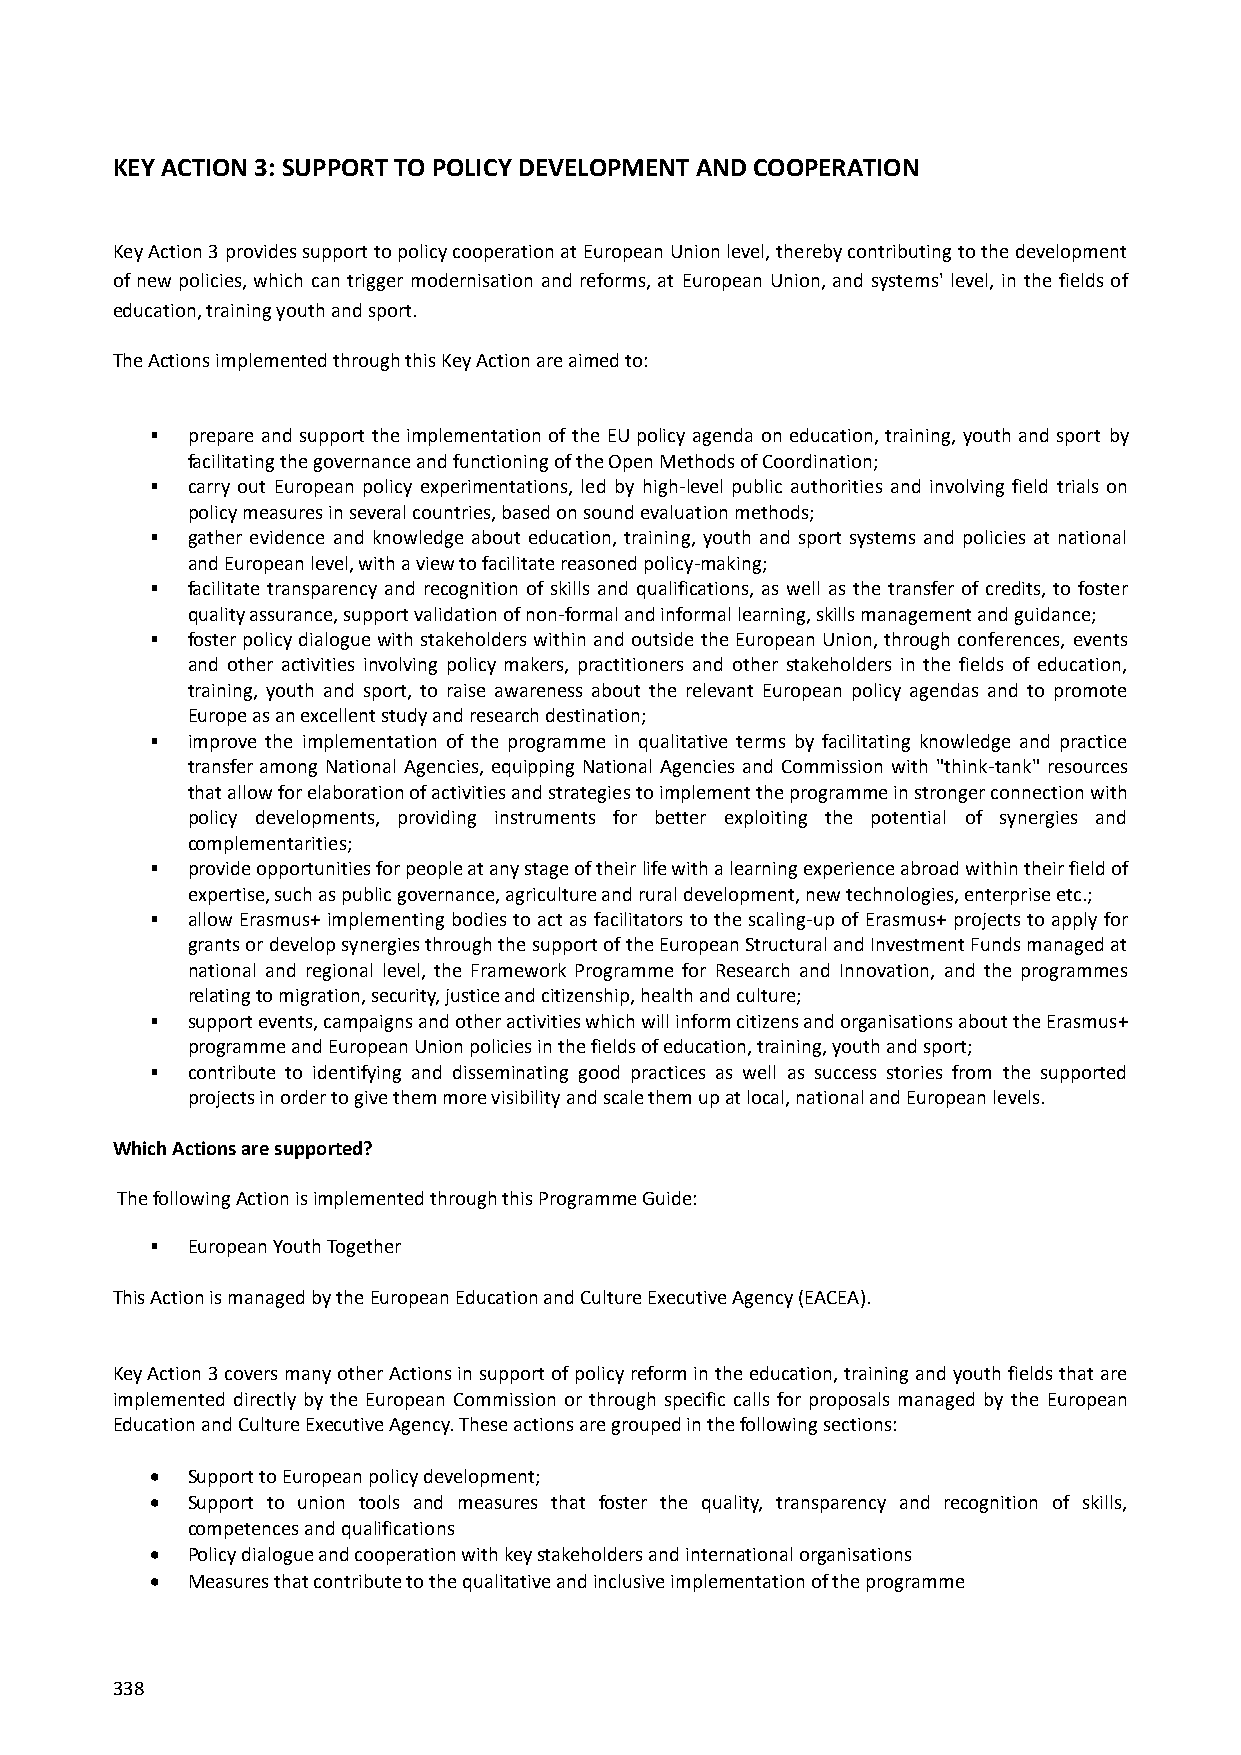
KEY ACTION 3: SUPPORT TO POLICY DEVELOPMENT AND COOPERATION
 Key Action 3 provides support to policy cooperation at European Union level, thereby contributing to the development
 of new policies, which can trigger modernisation and reforms, at European Union, and systems' level, in the fields of
 education, training youth and sport.
 The Actions implemented through this Key Action are aimed to:
  prepare and support the implementation of the EU policy agenda on education, training, youth and sport by
 facilitating the governance and functioning of the Open Methods of Coordination;
  carry out European policy experimentations, led by high-level public authorities and involving field trials on
 policy measures in several countries, based on sound evaluation methods;
  gather evidence and knowledge about education, training, youth and sport systems and policies at national
 and European level, with a view to facilitate reasoned policy-making;
  facilitate transparency and recognition of skills and qualifications, as well as the transfer of credits, to foster
 quality assurance, support validation of non-formal and informal learning, skills management and guidance;
  foster policy dialogue with stakeholders within and outside the European Union, through conferences, events
 and other activities involving policy makers, practitioners and other stakeholders in the fields of education,
 training, youth and sport, to raise awareness about the relevant European policy agendas and to promote
 Europe as an excellent study and research destination;
  improve the implementation of the programme in qualitative terms by facilitating knowledge and practice
 transfer among National Agencies, equipping National Agencies and Commission with "think-tank" resources
 that allow for elaboration of activities and strategies to implement the programme in stronger connection with
 policy developments, providing instruments for better exploiting the potential of synergies and
 complementarities;
  provide opportunities for people at any stage of their life with a learning experience abroad within their field of
 expertise, such as public governance, agriculture and rural development, new technologies, enterprise etc.;
  allow Erasmus+ implementing bodies to act as facilitators to the scaling-up of Erasmus+ projects to apply for
 grants or develop synergies through the support of the European Structural and Investment Funds managed at
 national and regional level, the Framework Programme for Research and Innovation, and the programmes
 relating to migration, security, justice and citizenship, health and culture;
  support events, campaigns and other activities which will inform citizens and organisations about the Erasmus+
 programme and European Union policies in the fields of education, training, youth and sport;
  contribute to identifying and disseminating good practices as well as success stories from the supported
 projects in order to give them more visibility and scale them up at local, national and European levels.
 Which Actions are supported?
 The following Action is implemented through this Programme Guide:
  European Youth Together
 This Action is managed by the European Education and Culture Executive Agency (EACEA).
 Key Action 3 covers many other Actions in support of policy reform in the education, training and youth fields that are
 implemented directly by the European Commission or through specific calls for proposals managed by the European
 Education and Culture Executive Agency. These actions are grouped in the following sections:
  Support to European policy development;
  Support to union tools and measures that foster the quality, transparency and recognition of skills,
 competences and qualifications
  Policy dialogue and cooperation with key stakeholders and international organisations
  Measures that contribute to the qualitative and inclusive implementation of the programme
 338